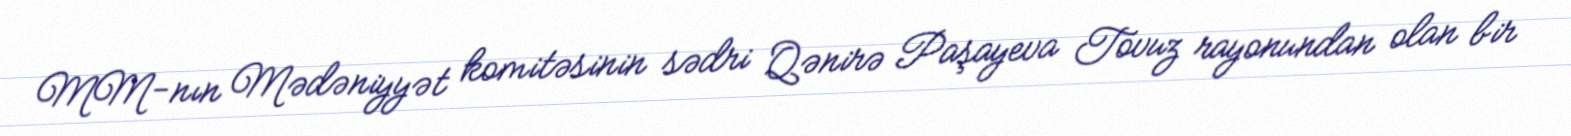
MM-nın Mədəniyyət komitəsinin sədri Qənirə Paşayeva Tovuz rayonundan olan bir